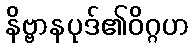
နိဗ္ဗာနပုဒ်၏ဝိဂ္ဂဟ